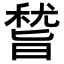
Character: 𥡞